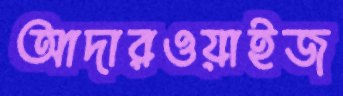
আদারওয়াইজ